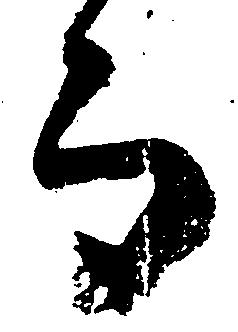
而